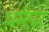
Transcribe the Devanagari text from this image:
धर्मपर